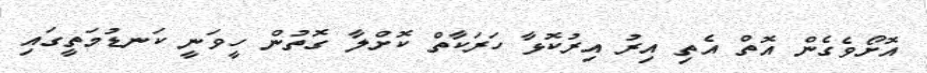
އޮށޯވެގެން އޮތް އެތި އިރު އިރުކޮޅާ ހަރަކާތް ކޮށްލާ ގޮތުން ހީވަނީ ކަނޑުމަތީގައި